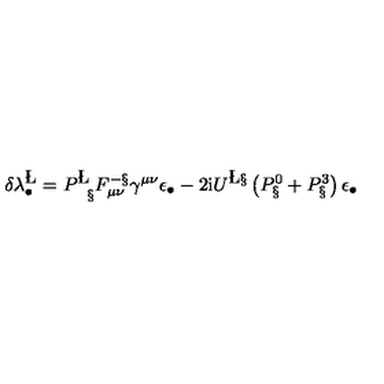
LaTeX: \delta \lambda _ { \bullet } ^ { \L } = P _ { \phantom { { \bf \L } } \S } ^ { \L } F _ { \mu \nu } ^ { - \S } \gamma ^ { \mu \nu } \epsilon _ { \bullet } - 2 \mathrm { i } U ^ { \L \S } \left( P _ { \S } ^ { 0 } + P _ { \S } ^ { 3 } \right) \epsilon _ { \bullet }